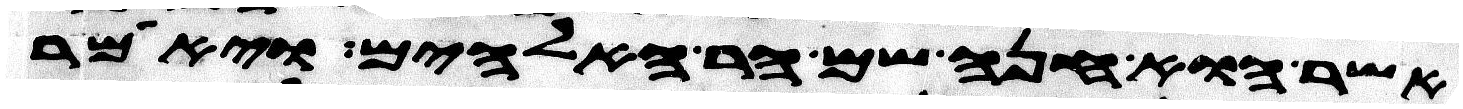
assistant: אשר הוא חנה שם הר האלהים ויאמר